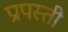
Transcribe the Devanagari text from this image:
प्रापस्ती